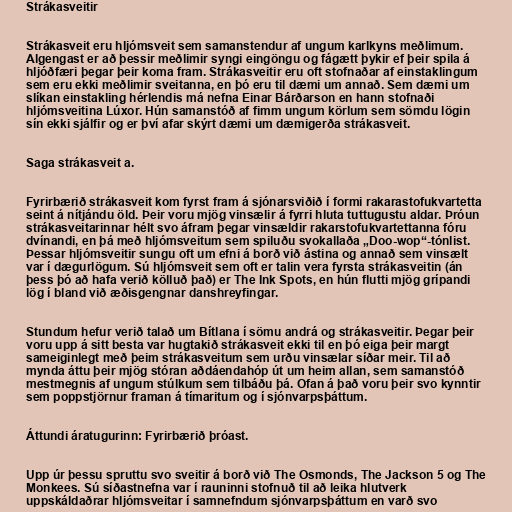
Strákasveitir

Strákasveit eru hljómsveit sem samanstendur af ungum karlkyns meðlimum.
Algengast er að þessir meðlimir syngi eingöngu og fágætt þykir ef þeir spila á
hljóðfæri þegar þeir koma fram. Strákasveitir eru oft stofnaðar af einstaklingum
sem eru ekki meðlimir sveitanna, en þó eru til dæmi um annað. Sem dæmi um
slíkan einstakling hérlendis má nefna Einar Bárðarson en hann stofnaði
hljómsveitina Lúxor. Hún samanstóð af fimm ungum körlum sem sömdu lögin
sín ekki sjálfir og er því afar skýrt dæmi um dæmigerða strákasveit.

Saga strákasveit a.

Fyrirbærið strákasveit kom fyrst fram á sjónarsviðið í formi rakarastofukvartetta
seint á nítjándu öld. Þeir voru mjög vinsælir á fyrri hluta tuttugustu aldar. Þróun
strákasveitarinnar hélt svo áfram þegar vinsældir rakarstofukvartettanna fóru
dvínandi, en þá með hljómsveitum sem spiluðu svokallaða „Doo-wop“-tónlist.
Þessar hljómsveitir sungu oft um efni á borð við ástina og annað sem vinsælt
var í dægurlögum. Sú hljómsveit sem oft er talin vera fyrsta strákasveitin (án
þess þó að hafa verið kölluð það) er The Ink Spots, en hún flutti mjög grípandi
lög í bland við æðisgengnar danshreyfingar.

Stundum hefur verið talað um Bítlana í sömu andrá og strákasveitir. Þegar þeir
voru upp á sitt besta var hugtakið strákasveit ekki til en þó eiga þeir margt
sameiginlegt með þeim strákasveitum sem urðu vinsælar síðar meir. Til að
mynda áttu þeir mjög stóran aðdáendahóp út um heim allan, sem samanstóð
mestmegnis af ungum stúlkum sem tilbáðu þá. Ofan á það voru þeir svo kynntir
sem poppstjörnur framan á tímaritum og í sjónvarpsþáttum.

Áttundi áratugurinn: Fyrirbærið þróast.

Upp úr þessu spruttu svo sveitir á borð við The Osmonds, The Jackson 5 og The
Monkees. Sú síðastnefna var í rauninni stofnuð til að leika hlutverk
uppskáldaðrar hljómsveitar í samnefndum sjónvarpsþáttum en varð svo